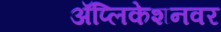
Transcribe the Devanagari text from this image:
अॅप्लिकेशनवर